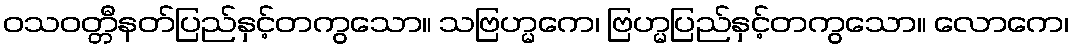
ဝသဝတ္တီနတ်ပြည်နှင့်တကွသော။ သဗြဟ္မကေ၊ ဗြဟ္မပြည်နှင့်တကွသော။ လောကေ၊